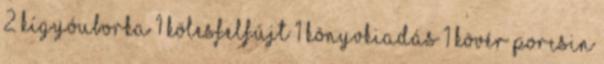
2 kígyóuborka 1 kölesfelfújt 1 könyvkiadás 1 kövér porcsin